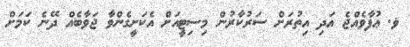
ޥ. ޢުފާވެއްޖެ އަދި އިތުރަށް ސަރުކާރުން މިސިޓީއަށް އެކަށީގެންވާ ޖަވާބެއް ދޭނެ ކަމަށް